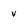
Character: v